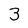
Character: 3